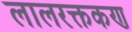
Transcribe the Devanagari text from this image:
लालरक्तकण